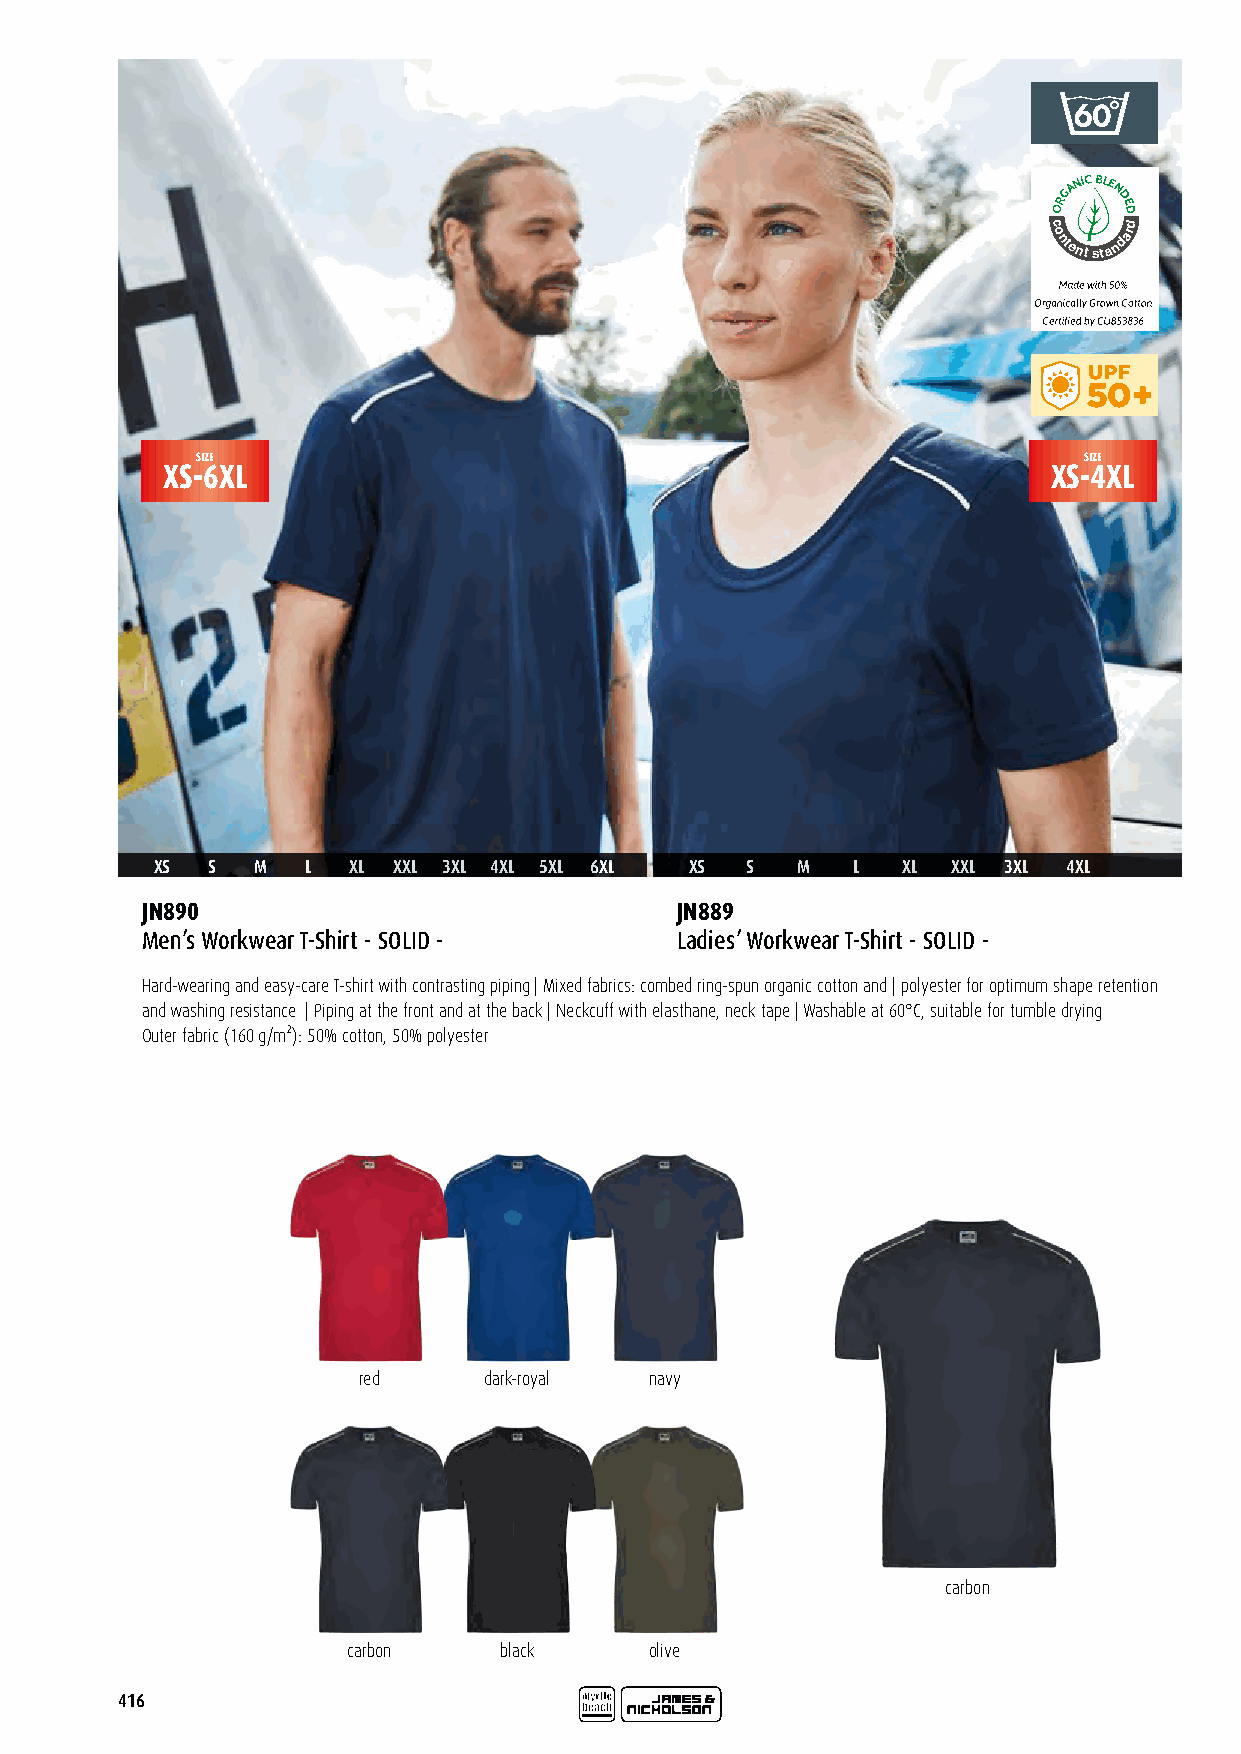
GANIC BLE
 N
 OR  DED
 c
 o
 ntent
 sta
 ndard
 ID120866
 SIZE                                                       SIZE
 XS-6XL                                                     XS-4XL
 XS  S  M  L  XL XXL 3XL 4XL 5XL 6XL XS S   M  L   XL XXL 3XL 4XL
 JN890                               JN889
 Men’s Workwear T-Shirt - SOLID -    Ladies’ Workwear T-Shirt - SOLID -
 Hard-wearing and easy-care T-shirt with contrasting piping | Mixed fabrics: combed ring-spun organic cotton and | polyester for optimum shape retention
 and washing resistance | Piping at the front and at the back | Neckcuff with elasthane, neck tape | Washable at 60°C, suitable for tumble drying
 Outer fabric (160 g/m²): 50% cotton, 50% polyester
 red     dark-royal navy
 carbon
 carbon    black     olive
 416